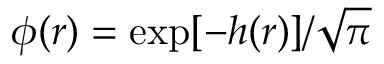
\phi ( \boldsymbol { r } ) = \exp [ - h ( \boldsymbol { r } ) ] / \sqrt { \pi }